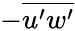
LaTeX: -\overline{{u^{\prime}w^{\prime}}}